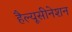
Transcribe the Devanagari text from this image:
हैल्यूसीनेशन